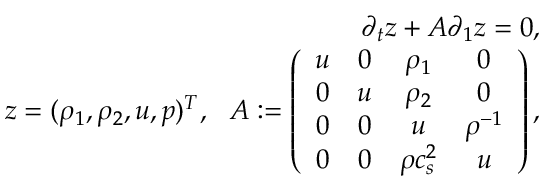
\begin{array} { r } { \partial _ { t } \* z + A \partial _ { 1 } \* z = 0 , } \\ { \* z = ( \rho _ { 1 } , \rho _ { 2 } , u , p ) ^ { T } , \ \ A : = \left( \begin{array} { c c c c } { u } & { 0 } & { \rho _ { 1 } } & { 0 } \\ { 0 } & { u } & { \rho _ { 2 } } & { 0 } \\ { 0 } & { 0 } & { u } & { \rho ^ { - 1 } } \\ { 0 } & { 0 } & { \rho c _ { s } ^ { 2 } } & { u } \end{array} \right) , } \end{array}